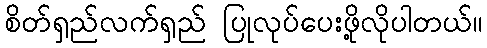
စိတ်ရှည်လက်ရှည် ပြုလုပ်ပေးဖို့လိုပါတယ်။